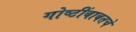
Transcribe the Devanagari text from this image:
गोष्टींबाबतचे